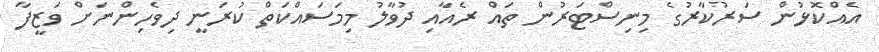
އެއްކޮޅުން ސަރުކާރުގެ މިނިސްޓަރުން ތައް ރެއާއި ދުވާލު މިމަސައްކަތް ކުރަނީ ދިވެހިންނަށް ވަޒީފާ